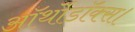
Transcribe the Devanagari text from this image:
ऑर्थोडॉक्स।